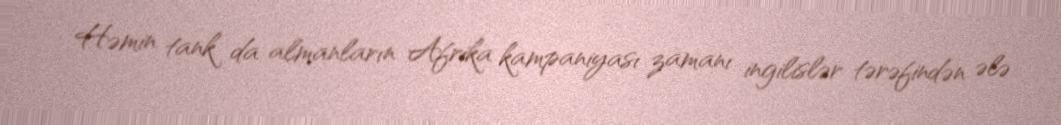
Həmin tank da almanların Afrika kampaniyası zamanı ingilislər tərəfindən ələ